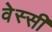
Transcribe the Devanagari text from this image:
वेस्सी